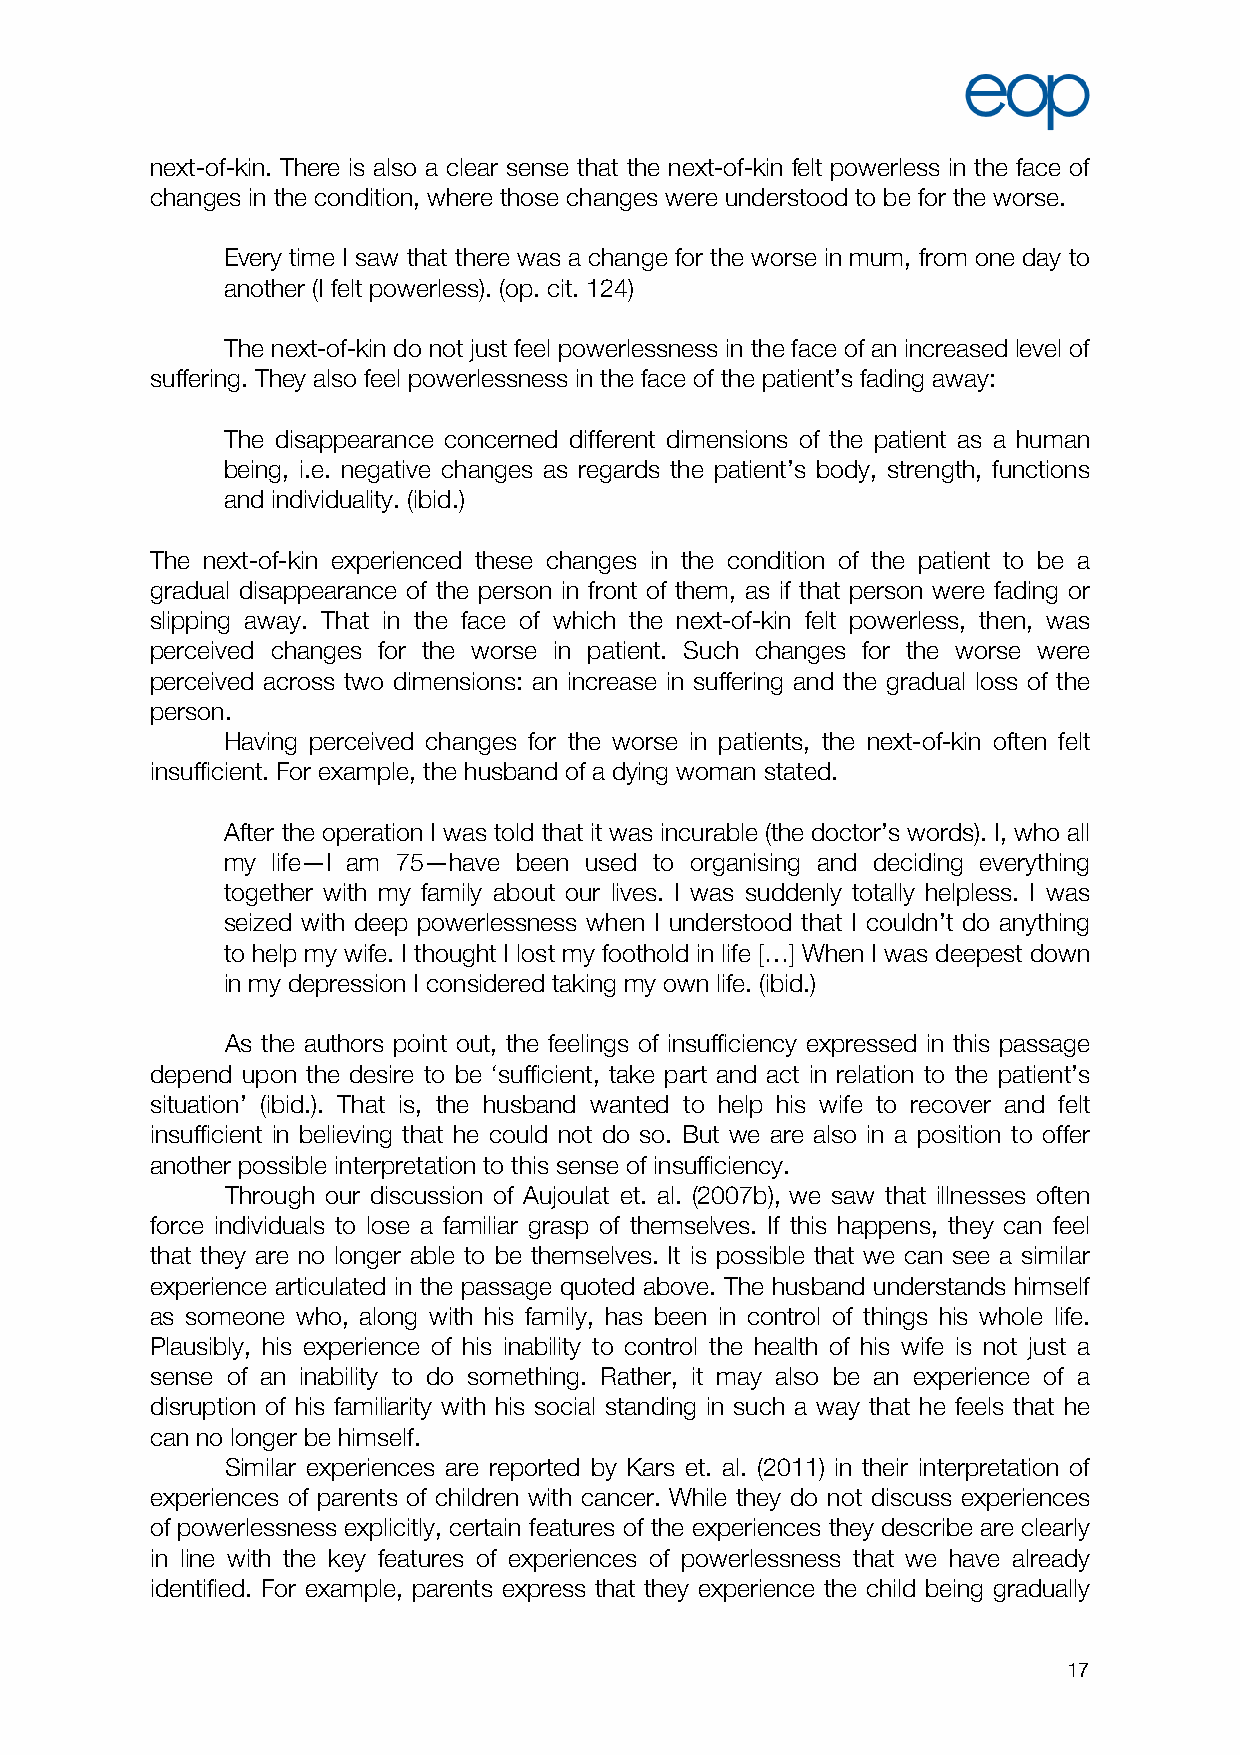
next-of-kin. There is also a clear sense that the next-of-kin felt powerless in the face of
 changes in the condition, where those changes were understood to be for the worse.
 Every time I saw that there was a change for the worse in mum, from one day to
 another (I felt powerless). (op. cit. 124)
 The next-of-kin do not just feel powerlessness in the face of an increased level of
 suffering. They also feel powerlessness in the face of the patient’s fading away:
 The disappearance concerned different dimensions of the patient as a human
 being, i.e. negative changes as regards the patient’s body, strength, functions
 and individuality. (ibid.)
 The next-of-kin experienced these changes in the condition of the patient to be a
 gradual disappearance of the person in front of them, as if that person were fading or
 slipping away. That in the face of which the next-of-kin felt powerless, then, was
 perceived changes for the worse in patient. Such changes for the worse were
 perceived across two dimensions: an increase in suffering and the gradual loss of the
 person.
 Having perceived changes for the worse in patients, the next-of-kin often felt
 insufficient. For example, the husband of a dying woman stated.
 After the operation I was told that it was incurable (the doctor’s words). I, who all
 my life—I am 75—have been used to organising and deciding everything
 together with my family about our lives. I was suddenly totally helpless. I was
 seized with deep powerlessness when I understood that I couldn’t do anything
 to help my wife. I thought I lost my foothold in life […] When I was deepest down
 in my depression I considered taking my own life. (ibid.)
 As the authors point out, the feelings of insufficiency expressed in this passage
 depend upon the desire to be ‘sufficient, take part and act in relation to the patient’s
 situation’ (ibid.). That is, the husband wanted to help his wife to recover and felt
 insufficient in believing that he could not do so. But we are also in a position to offer
 another possible interpretation to this sense of insufficiency.
 Through our discussion of Aujoulat et. al. (2007b), we saw that illnesses often
 force individuals to lose a familiar grasp of themselves. If this happens, they can feel
 that they are no longer able to be themselves. It is possible that we can see a similar
 experience articulated in the passage quoted above. The husband understands himself
 as someone who, along with his family, has been in control of things his whole life.
 Plausibly, his experience of his inability to control the health of his wife is not just a
 sense of an inability to do something. Rather, it may also be an experience of a
 disruption of his familiarity with his social standing in such a way that he feels that he
 can no longer be himself.
 Similar experiences are reported by Kars et. al. (2011) in their interpretation of
 experiences of parents of children with cancer. While they do not discuss experiences
 of powerlessness explicitly, certain features of the experiences they describe are clearly
 in line with the key features of experiences of powerlessness that we have already
 identified. For example, parents express that they experience the child being gradually
 17